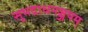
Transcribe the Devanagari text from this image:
सुभद्राधनञ्जयम्